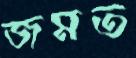
জমত